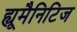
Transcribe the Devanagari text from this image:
ह्यूमैनिटिज